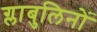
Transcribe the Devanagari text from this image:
ग्लाबुलिनों